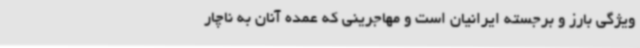
ویژگی بارز و برجسته ایرانیان است و مهاجرینی که عمده آنان به ناچار